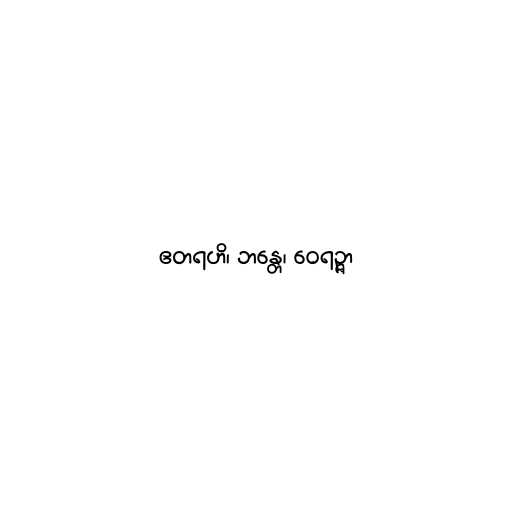
ဧတရဟိ၊ ဘန္တေ၊ ဝေရဉ္ဇာ